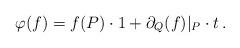
LaTeX: \begin{align*}\varphi(f) = f(P) \cdot 1 + \partial_Q( f )|_P \cdot t\,.\end{align*}